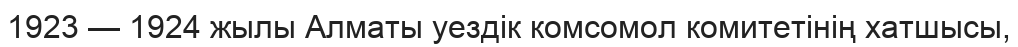
1923 — 1924 жылы Алматы уездік комсомол комитетінің хатшысы,